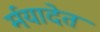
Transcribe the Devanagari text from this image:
र्मयादेत